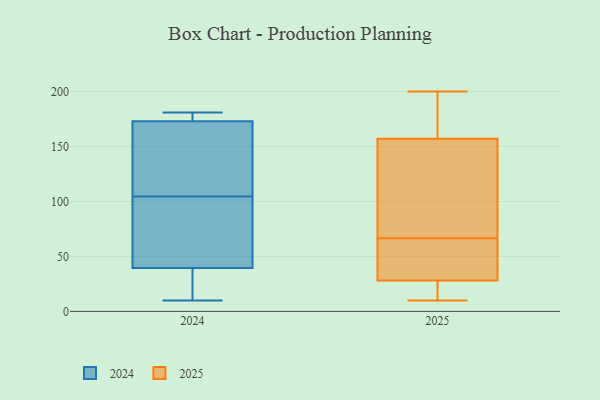
{"axis": {"x": "Customer Acquisition Cost (USD)", "y": "Value"}, "legend": ["2024", "2025"], "data": [{"x": "", "y": 48, "type": "2024"}, {"x": "", "y": 10, "type": "2024"}, {"x": "", "y": 181, "type": "2024"}, {"x": "", "y": 176, "type": "2024"}, {"x": "", "y": 97, "type": "2024"}, {"x": "", "y": 15, "type": "2024"}, {"x": "", "y": 172, "type": "2024"}, {"x": "", "y": 172, "type": "2024"}, {"x": "", "y": 174, "type": "2024"}, {"x": "", "y": 31, "type": "2024"}, {"x": "", "y": 69, "type": "2024"}, {"x": "", "y": 112, "type": "2024"}, {"x": "", "y": 91, "type": "2025"}, {"x": "", "y": 178, "type": "2025"}, {"x": "", "y": 10, "type": "2025"}, {"x": "", "y": 28, "type": "2025"}, {"x": "", "y": 175, "type": "2025"}, {"x": "", "y": 32, "type": "2025"}, {"x": "", "y": 28, "type": "2025"}, {"x": "", "y": 22, "type": "2025"}, {"x": "", "y": 38, "type": "2025"}, {"x": "", "y": 116, "type": "2025"}, {"x": "", "y": 42, "type": "2025"}, {"x": "", "y": 17, "type": "2025"}, {"x": "", "y": 189, "type": "2025"}, {"x": "", "y": 200, "type": "2025"}, {"x": "", "y": 110, "type": "2025"}, {"x": "", "y": 92, "type": "2025"}, {"x": "", "y": 16, "type": "2025"}, {"x": "", "y": 157, "type": "2025"}]}